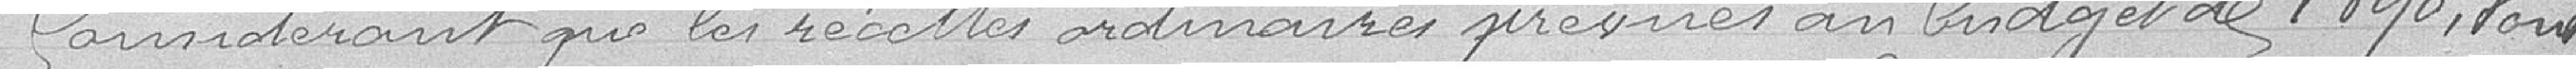
Considérant que les recettes ordinaires prévues au budget de 1890, sont